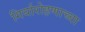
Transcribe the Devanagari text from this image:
गिर्यारोहणाच्या